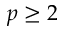
p \geq 2